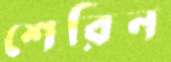
শেরিন